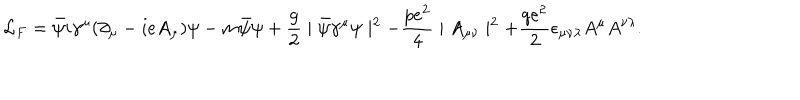
LaTeX: { \cal L } _ { F } = \bar { \psi } i \gamma ^ { \mu } ( \partial _ { \mu } - i e A _ { \mu } ) \psi - m \bar { \psi } \psi + { \frac { g } { 2 } } \mid \bar { \psi } \gamma ^ { \mu } \psi \mid ^ { 2 } - { \frac { p e ^ { 2 } } { 4 } } \mid A _ { \mu \nu } \mid ^ { 2 } + { \frac { q e ^ { 2 } } { 2 } } \epsilon _ { \mu \nu \lambda } A ^ { \mu } A ^ { \nu \lambda } .